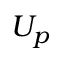
U _ { p }